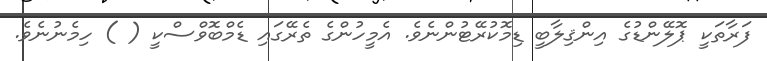
ފަރާތަކީ ޕޮލޭންޑުގެ އިންޤިލާބީ ޑިމޮކުރޭޓުންނެވެ. އެމީހުންގެ ތެރޭގައި ޑެމްބޮވްސްކީ ( ) ހިމެނުނެވެ.